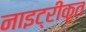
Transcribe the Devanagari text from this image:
नाइट्रीकृत